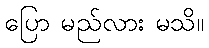
ပြော မည်လား မသိ။